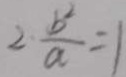
2 \frac { b ^ { 2 } } { a } = 1